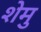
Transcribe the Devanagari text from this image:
शेमु